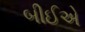
બીઈએ